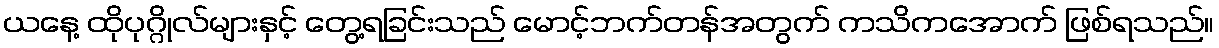
ယနေ့ ထိုပုဂ္ဂိုလ်များနှင့် တွေ့ရခြင်းသည် မောင့်ဘက်တန်အတွက် ကသိကအောက် ဖြစ်ရသည်။